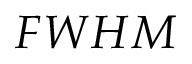
F W H M